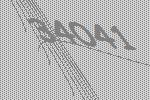
34041